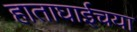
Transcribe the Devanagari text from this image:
हाताघाईचया